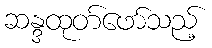
ဆန္ဒထုတ်ဖော်သည့်